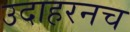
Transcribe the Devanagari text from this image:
उदाहरनच